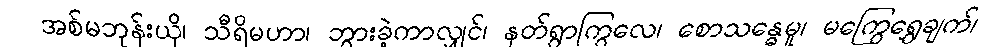
အစ်မဘုန်းယှိ၊ သီရိမဟာ၊ ဘွားခဲ့ကာလျှင်၊ နတ်ရွာကြွလေ၊ စောသန္ဓေမူ၊ မကြွေရွှေချက်၊